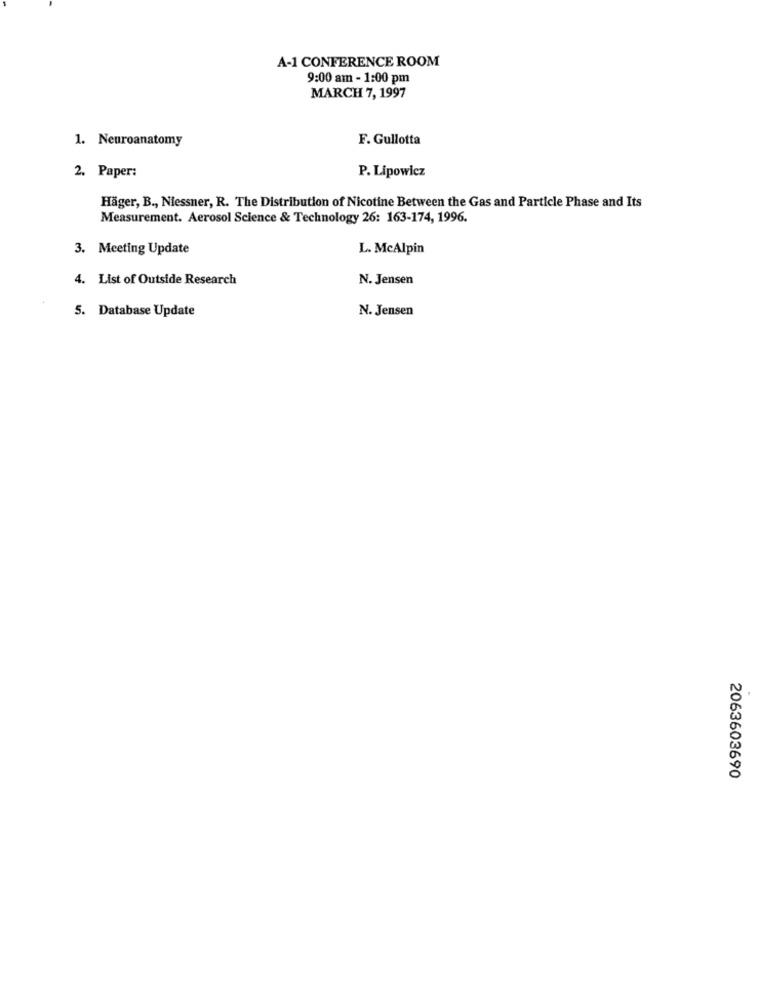
A-1 CONFERENCE ROOM
9:00 am - 1:00 pm
MARCH 7, 1997
1. Neuroanatomy
F. Gullotta
P. Lipowicz
2. Paper:
Hager, B ., Niessner, R. The Distribution of Nicotine Between the Gas and Particle Phase and Its
Measurement. Aerosol Science & Technology 26: 163-174, 1996.
3. Meeting Update
L. McAlpin
4. List of Outside Research
N. Jensen
5. Database Update
N. Jensen
2063603690